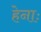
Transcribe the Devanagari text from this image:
हेनाः